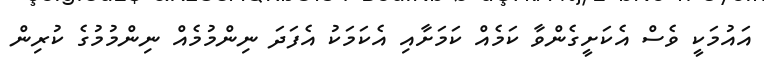
އައުމަކީ ވެސް އެކަށީގެންވާ ކަމެއް ކަމަށާއި އެކަމަކު އެފަދަ ނިންމުމެއް ނިންމުމުގެ ކުރިން